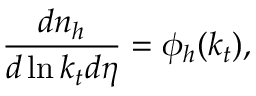
\frac { d n _ { h } } { d \ln k _ { t } d \eta } = \phi _ { h } ( k _ { t } ) ,